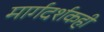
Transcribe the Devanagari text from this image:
मार्गदर्शकही